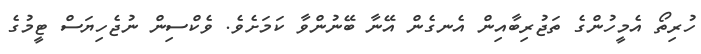
ހުރިތޯ އެމީހުންގެ ތަޖުރިބާއިން އެނގެން އޭނާ ބޭނުންވާ ކަމަށެވެ. ވެކްސިން ނުޖެހިޔަސް ޓީމުގެ